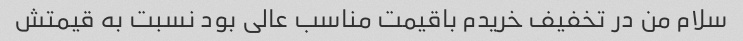
سلام من در تخفیف خریدم باقیمت مناسب عالی بود نسبت به قیمتش